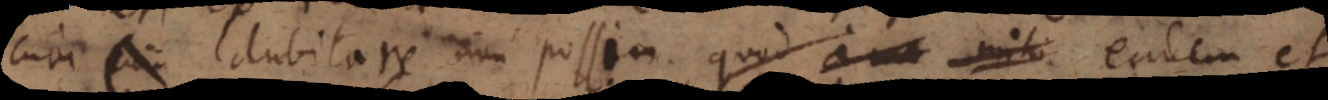
cum dubitare non possim quod a me mito eadem et